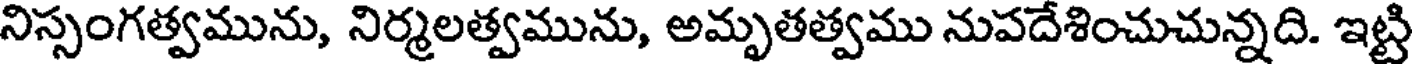
నిస్సంగత్వమును, నిర్మలత్వమును, అమృతత్వము నుపదేశించుచున్నది. ఇట్టి